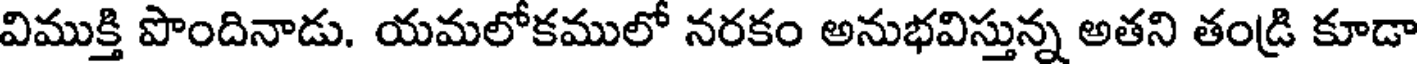
విముక్తి పొందినాడు. యమలోకములో నరకం అనుభవిస్తున్న అతని తండ్రి కూడా